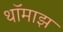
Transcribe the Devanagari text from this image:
थॉमाझ